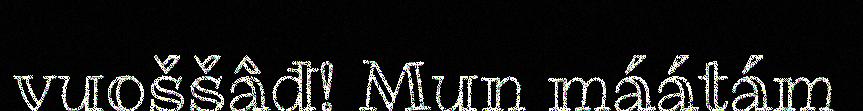
vuoššâđ! Mun máátám